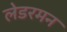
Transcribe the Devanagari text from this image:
लेडरमन